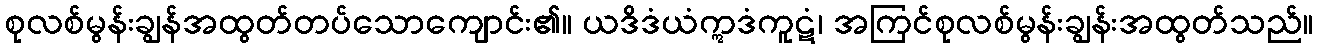
စုလစ်မွန်းချွန်အထွတ်တပ်သောကျောင်း၏။ ယဒိဒံယံဣဒံကူဋံ၊ အကြင်စုလစ်မွန်းချွန်းအထွတ်သည်။